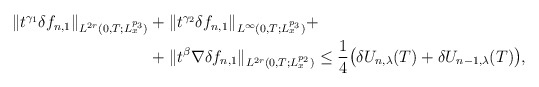
\begin{align*}\begin{aligned} \| t^{\gamma_1}\delta f_{n,1}\|_{L^{2r}(0,T;L^{p_3}_x)}&+ \| t^{\gamma_2}\delta f_{n,1}\|_{L^{\infty}(0,T;L^{p_3}_x)} +\\&+ \| t^{\beta}\nabla \delta f_{n,1}\|_{L^{2r}(0,T;L^{p_2}_x)}\leq\frac{1}{4}\big(\delta U_{n,\lambda}(T)+\delta U_{n-1,\lambda}(T)\big),\end{aligned}\end{align*}